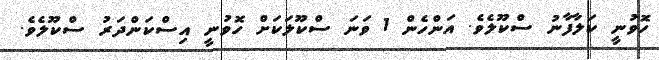
ހޮވުނީ ކަލާފާނު ސްކޫލެވެ. އަންހެން 1 ވަނަ ސްކޫލަކަށް ހޮވުނީ އިސްކަންދަރު ސްކޫލެވެ.